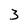
Character: 3